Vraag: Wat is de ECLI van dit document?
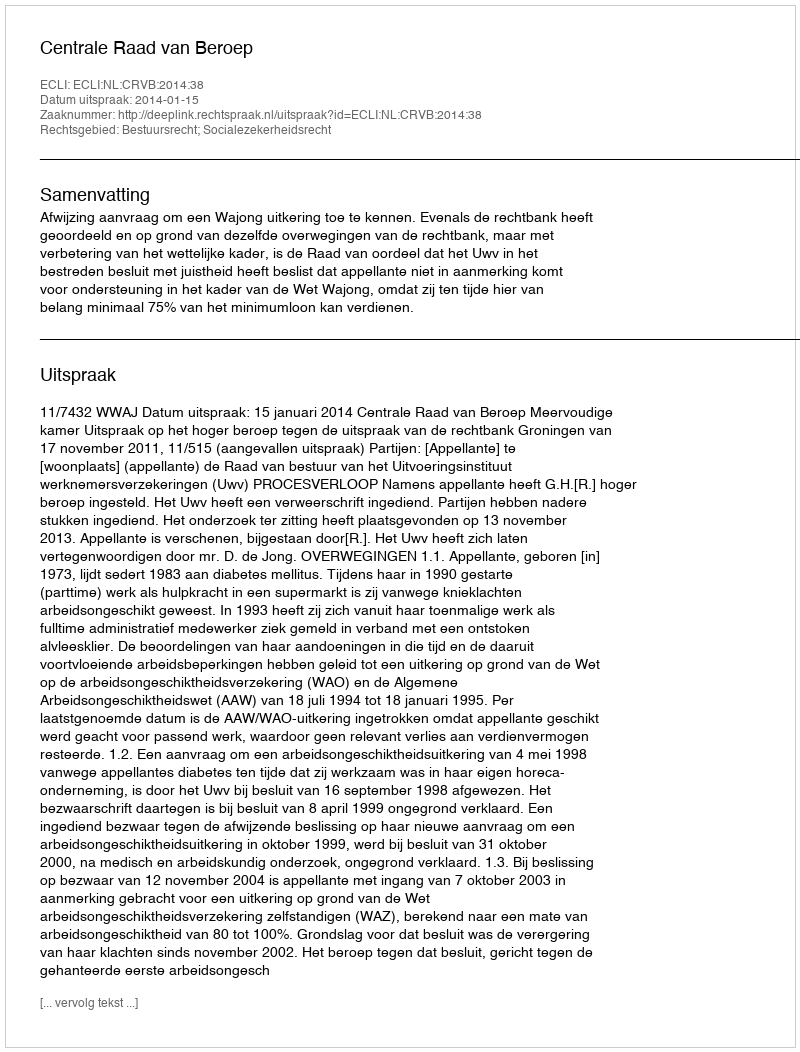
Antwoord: ECLI:NL:CRVB:2014:38